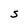
Character: S